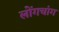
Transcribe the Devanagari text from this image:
लोंगचांग